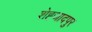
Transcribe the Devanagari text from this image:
शेह्जादपुर